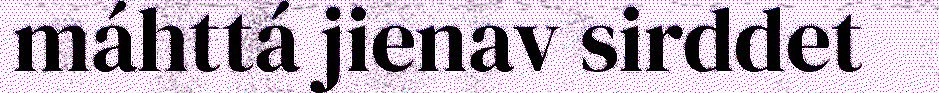
máhttá jienav sirddet